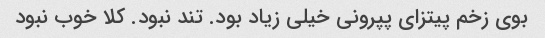
بوی زخم پیتزای پپرونی خیلی زیاد بود. تند نبود. کلا خوب نبود